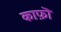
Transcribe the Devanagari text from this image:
काफ़ॊ